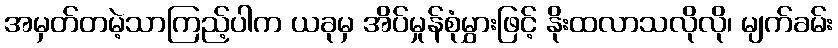
အမှတ်တမဲ့သာကြည့်ပါက ယခုမှ အိပ်မှုန်စုံမွှားဖြင့် နိုးထလာသလိုလို၊ မျက်ခမ်း